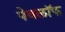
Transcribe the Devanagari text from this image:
पेवलॉफ